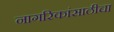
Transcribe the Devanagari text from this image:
नागरिकांसाठीचा